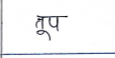
मजकूर: तूप